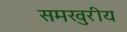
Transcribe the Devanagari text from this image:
समखुरीय